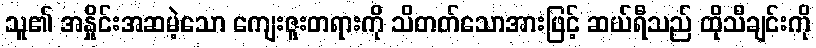
သူ၏ အနှိုင်းအဆမဲ့သော ကျေးဇူးတရားကို သိတတ်သောအားဖြင့် ဆယ်ရီသည် ထိုသီချင်းကို